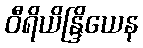
ဝီရိယိန္ဒြိယေန